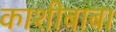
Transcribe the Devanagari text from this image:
काशीबाबा